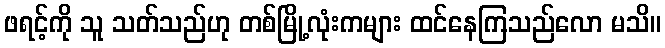
ဖရင့်ကို သူ သတ်သည်ဟု တစ်မြို့လုံးကများ ထင်နေကြသည်လော မသိ။